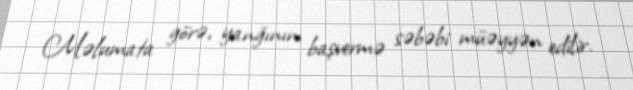
Məlumata görə, yanğının başvermə səbəbi müəyyən edilir.